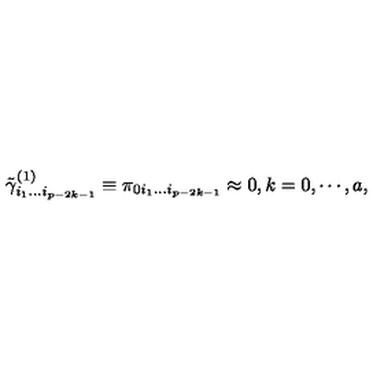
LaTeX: \tilde { \gamma } _ { i _ { 1 } \ldots i _ { p - 2 k - 1 } } ^ { ( 1 ) } \equiv \pi _ { 0 i _ { 1 } \ldots i _ { p - 2 k - 1 } } \approx 0 , k = 0 , \cdots , a ,